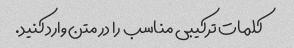
کلمات ترکیبی مناسب را در متن وارد کنید.